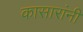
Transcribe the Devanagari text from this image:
कासारांनीं